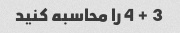
3 + 4 را محاسبه کنید